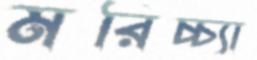
মরিচ্চ্যা